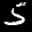
Label: 5